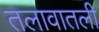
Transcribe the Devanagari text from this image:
तलावातली